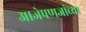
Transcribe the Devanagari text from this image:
आजेपणजांच्या